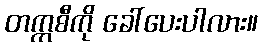
တက္ကစီကို ခေါ်ပေးပါလား။